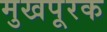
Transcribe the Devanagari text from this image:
मुखपूरक